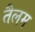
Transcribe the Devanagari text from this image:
तैलम